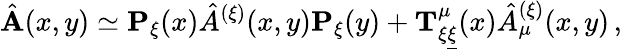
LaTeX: \hat{\mathbf A}(x,y)\simeq{\mathbf P}_{\xi}(x)\hat{A}^{(\xi)}(x,y){\mathbf P}_{\xi}(y)+{\mathbf T}_{\xi\underline{{{\xi}}}}^{\mu}(x)\hat{A}_{\mu}^{(\xi)}(x,y)\, ,